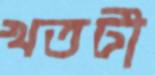
খতটী